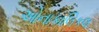
ઓનાકાલિકલ